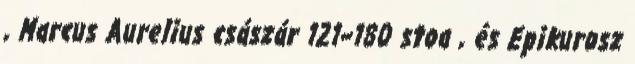
, Marcus Aurelius császár 121–180 stoa , és Epikurosz